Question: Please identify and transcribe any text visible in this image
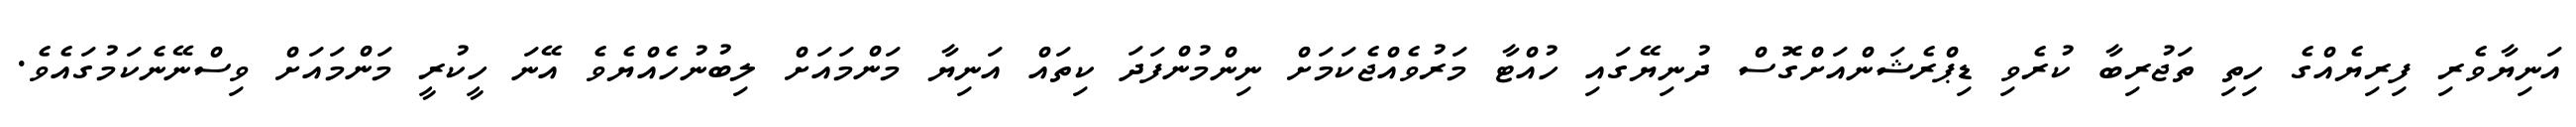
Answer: އަނިޔާވެރި ފިރިޔެއްގެ ހިތި ތަޖުރިބާ ކުރެވި ޑިޕްރެޝަންއަށްގޮސް ދުނިޔޭގައި ހުއްޓާ މަރުވެއްޖެކަމަށް ނިންމުންފަދަ ކިތައް އަނިޔާ މަންމައަށް ލިބުނުހެއްޔެވެ އޭނަ ހީކުރީ މަންމައަށް ވިސްނޭނެކަމުގައެވެ.